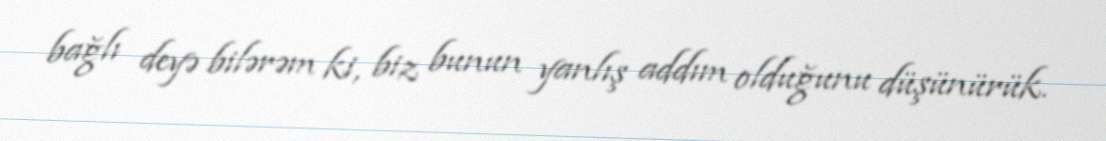
bağlı deyə bilərəm ki, biz bunun yanlış addım olduğunu düşünürük.